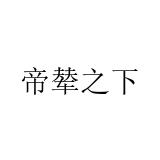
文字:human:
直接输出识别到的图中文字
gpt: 帝辇之下